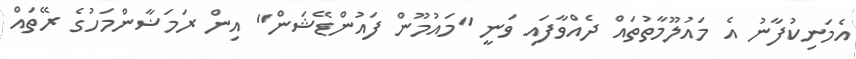
އެމަނިކުފާނު އެ މައުލޫމާތުތައް ދެއްވާފައި ވަނީ "މައުމޫން ފައުންޑޭޝަން" އިން ރަމަޟާންމަހުގެ ރޭތައް